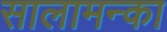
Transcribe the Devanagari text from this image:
सालामन्का